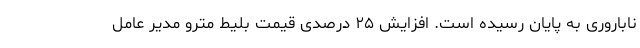
ناباروری به پایان رسیده است. افزایش ۲۵ درصدی قیمت بلیط مترو مدیر عامل